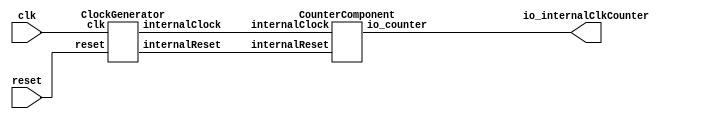
// Generator : SpinalHDL v1.4.3    git head : adf552d8f500e7419fff395b7049228e4bc5de26
// Component : InternalClockTester
// Git hash  : adf552d8f500e7419fff395b7049228e4bc5de26



module InternalClockTester (
  output     [7:0]    io_internalClkCounter,
  input               clk,
  input               reset
);
  wire                clockGenerator_1_internalClock;
  wire                clockGenerator_1_internalReset;
  wire       [7:0]    internClockDomain_counterComponent_io_counter;

  ClockGenerator clockGenerator_1 (
    .clk              (clk                             ), //i
    .reset            (reset                           ), //i
    .internalClock    (clockGenerator_1_internalClock  ), //o
    .internalReset    (clockGenerator_1_internalReset  )  //o
  );
  CounterComponent internClockDomain_counterComponent (
    .io_counter       (internClockDomain_counterComponent_io_counter[7:0]  ), //o
    .internalClock    (clockGenerator_1_internalClock                      ), //i
    .internalReset    (clockGenerator_1_internalReset                      )  //i
  );
  assign io_internalClkCounter = internClockDomain_counterComponent_io_counter;

endmodule

module CounterComponent (
  output     [7:0]    io_counter,
  input               internalClock,
  input               internalReset
);
  wire       [7:0]    sub_io_counter;

  CounterComponentSub sub (
    .io_counter       (sub_io_counter[7:0]  ), //o
    .internalClock    (internalClock        ), //i
    .internalReset    (internalReset        )  //i
  );
  assign io_counter = sub_io_counter;

endmodule

module ClockGenerator (
  input               clk,
  input               reset,
  output              internalClock,
  output              internalReset
);
  wire                sub_internalClock_1;
  wire                sub_internalReset_1;

  ClockGeneratorSub sub (
    .clk                (clk                  ), //i
    .reset              (reset                ), //i
    .internalClock_1    (sub_internalClock_1  ), //o
    .internalReset_1    (sub_internalReset_1  )  //o
  );
  assign internalClock = sub_internalClock_1;
  assign internalReset = sub_internalReset_1;

endmodule

module CounterComponentSub (
  output     [7:0]    io_counter,
  input               internalClock,
  input               internalReset
);
  wire       [0:0]    _zz_1;
  wire       [7:0]    _zz_2;
  reg                 counter_willIncrement;
  wire                counter_willClear;
  reg        [7:0]    counter_valueNext;
  reg        [7:0]    counter_value;
  wire                counter_willOverflowIfInc;
  wire                counter_willOverflow;
  function  zz_counter_willIncrement(input dummy);
    begin
      zz_counter_willIncrement = 1'b0;
      zz_counter_willIncrement = 1'b1;
    end
  endfunction
  wire  _zz_3;

  assign _zz_1 = counter_willIncrement;
  assign _zz_2 = {7'd0, _zz_1};
  assign _zz_3 = zz_counter_willIncrement(1'b0);
  always @ (*) counter_willIncrement = _zz_3;
  assign counter_willClear = 1'b0;
  assign counter_willOverflowIfInc = (counter_value == 8'hff);
  assign counter_willOverflow = (counter_willOverflowIfInc && counter_willIncrement);
  always @ (*) begin
    counter_valueNext = (counter_value + _zz_2);
    if(counter_willClear)begin
      counter_valueNext = 8'h0;
    end
  end

  assign io_counter = counter_value;
  always @ (posedge internalClock or posedge internalReset) begin
    if (internalReset) begin
      counter_value <= 8'h0;
    end else begin
      counter_value <= counter_valueNext;
    end
  end


endmodule

module ClockGeneratorSub (
  input               clk,
  input               reset,
  output              internalClock_1,
  output              internalReset_1
);
  wire                srcReset_buffercc_io_dataOut;
  wire       [0:0]    _zz_4;
  wire       [3:0]    _zz_5;
  wire                _zz_1;
  reg        [3:0]    _zz_2;
  reg        [3:0]    _zz_3;
  wire                internalClock;
  reg        [2:0]    initCounter;
  wire                srcReset;
  wire                internalReset;
  wire                resetBuffer_internalReset;

  assign _zz_4 = _zz_1;
  assign _zz_5 = {3'd0, _zz_4};
  BufferCC srcReset_buffercc (
    .io_dataIn        (srcReset                      ), //i
    .io_dataOut       (srcReset_buffercc_io_dataOut  ), //o
    .internalClock    (internalClock                 )  //i
  );
  always @ (*) begin
    _zz_2 = (_zz_3 + _zz_5);
    if(1'b0)begin
      _zz_2 = 4'b0000;
    end
  end

  assign _zz_1 = 1'b1;
  assign internalClock = _zz_3[0];
  assign srcReset = (initCounter != 3'b000);
  assign resetBuffer_internalReset = srcReset_buffercc_io_dataOut;
  assign internalReset = resetBuffer_internalReset;
  assign internalClock_1 = internalClock;
  assign internalReset_1 = internalReset;
  always @ (posedge clk or posedge reset) begin
    if (reset) begin
      _zz_3 <= 4'b0000;
      initCounter <= 3'b111;
    end else begin
      _zz_3 <= _zz_2;
      if(srcReset)begin
        initCounter <= (initCounter - 3'b001);
      end
    end
  end


endmodule

module BufferCC (
  input               io_dataIn,
  output              io_dataOut,
  input               internalClock
);
  (* async_reg = "true" *) reg                 buffers_0;
  (* async_reg = "true" *) reg                 buffers_1;

  assign io_dataOut = buffers_1;
  always @ (posedge internalClock) begin
    buffers_0 <= io_dataIn;
    buffers_1 <= buffers_0;
  end


endmodule